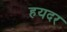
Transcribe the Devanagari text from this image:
हयदर